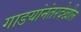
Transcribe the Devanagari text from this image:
गाडयांनंतरदेखील